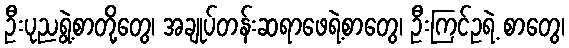
ဦးပုညရွဲ့စာတို့တွေ၊ အချုပ်တန်းဆရာဖေရဲ့စာတွေ၊ ဦးကြင်ဥရဲ့ စာတွေ၊